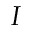
I